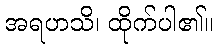
အရဟသိ၊ ထိုက်ပါ၏။